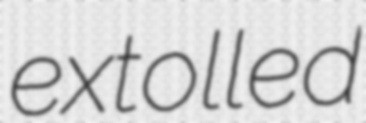
extolled